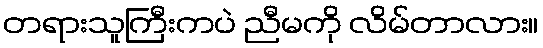
တရားသူကြီးကပဲ ညီမကို လိမ်တာလား။